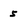
Character: 5